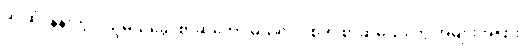
ခင်ဆုံ၊ နန်းတွင်းသူမယ်ခွေ၊ စာဆိုတော် မယ်လုပ် စတဲ့ စာဆိုမယ်တွေ အများအပြား